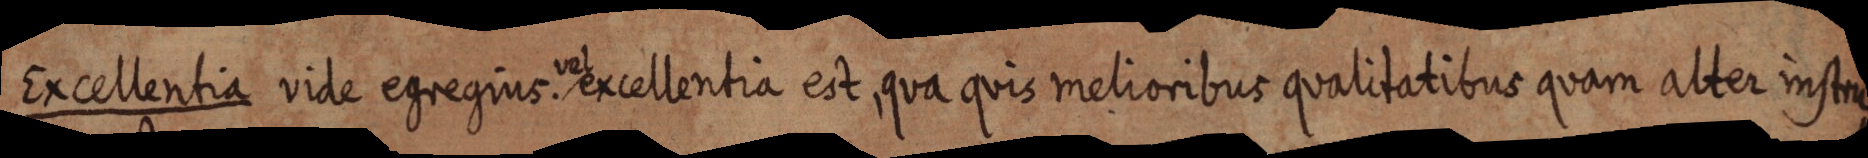
Excellentia vile egregius. vel excellentia est, qua quis melioribus qualitatibus quam alter instru